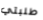
طلبتي